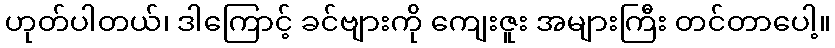
ဟုတ်ပါတယ်၊ ဒါကြောင့် ခင်ဗျားကို ကျေးဇူး အများကြီး တင်တာပေါ့။